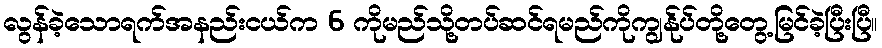
လွန်ခဲ့သောရက်အနည်းငယ်က 6 ကိုမည်သို့တပ်ဆင်ရမည်ကိုကျွန်ုပ်တို့တွေ့မြင်ခဲ့ပြီးပြီ။